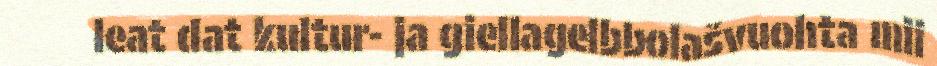
leat dat kultur- ja giellagelbbolašvuohta mii